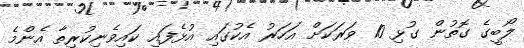
ލޯބީގެ ގޮތުން ގުޅި 10 ވަރަކަށް އަހަރު އެކުގައި އުޅެފައި ކައިވެނިކުރިތާ އެންމެ